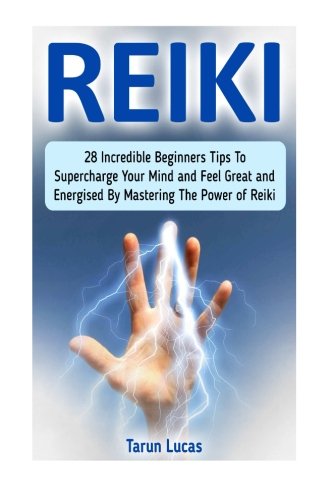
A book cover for Reiki: 28 Incredible Beginners Tips To Supercharge Your Mind and Feel Great and Energised By Mastering The Power of Reiki (reiki, animal reiki, karuna reiki); Tarun Lucas; Religion & Spirituality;